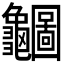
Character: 𪛇